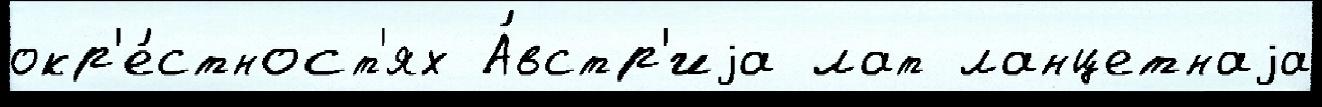
окр'е́стност'ях А́встр'иjа лат ланцетнаjа